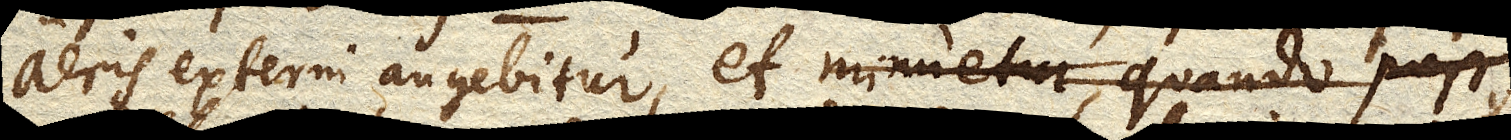
aeris externi augebitur, et